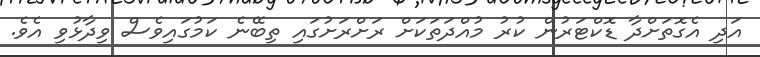
އަދި އެގޮތަށްދާ ޑޮކްޓަރުން ކުރު މުއްދަތަކަށް ރަށްރަށުގައި ތިބޭނެ ކަމުގައިވެސް ވިދާޅުވި އެވެ.